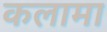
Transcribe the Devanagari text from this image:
कलामा